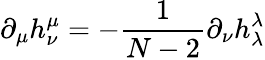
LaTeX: \partial_{\mu}h_{\nu}^{\mu}=-\frac{1}{N-2}\partial_{\nu}h_{\lambda}^{\lambda}